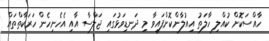
ހާއްސަކޮށް ކުއްލި ހާލަތު އިއުލާންކޮށްފައިވާ މި ދަނޑިވަޅުގައި ޖަލްސާ އާއި އެހެނިހެން ހަރަކާތްތައް